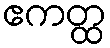
ဧကတ္ထ